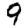
Digit: 9